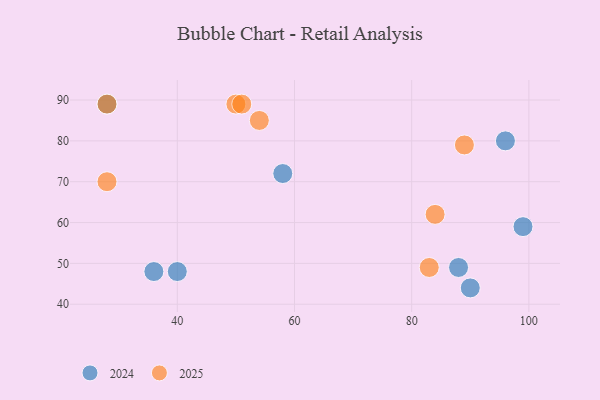
{"axis": {"x": "GDP", "y": "Life Expectancy"}, "legend": ["2024", "2025"], "data": [{"x": "90", "y": 44, "type": "2024"}, {"x": "96", "y": 80, "type": "2024"}, {"x": "36", "y": 48, "type": "2024"}, {"x": "58", "y": 72, "type": "2024"}, {"x": "40", "y": 48, "type": "2024"}, {"x": "88", "y": 49, "type": "2024"}, {"x": "99", "y": 59, "type": "2024"}, {"x": "28", "y": 89, "type": "2024"}, {"x": "28", "y": 89, "type": "2025"}, {"x": "54", "y": 85, "type": "2025"}, {"x": "28", "y": 70, "type": "2025"}, {"x": "50", "y": 89, "type": "2025"}, {"x": "83", "y": 49, "type": "2025"}, {"x": "89", "y": 79, "type": "2025"}, {"x": "84", "y": 62, "type": "2025"}, {"x": "51", "y": 89, "type": "2025"}]}